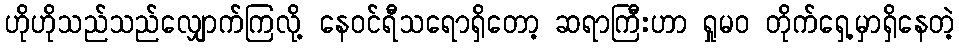
ဟိုဟိုသည်သည်လျှောက်ကြလို့ နေဝင်ရီသရောရှိတော့ ဆရာကြီးဟာ ရှုမဝ တိုက်ရှေ့မှာရှိနေတဲ့